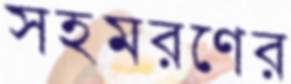
সহমরণের